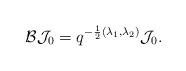
LaTeX: \begin{align*}\mathcal{B}\mathcal{J}_{0}=q^{-\frac{1}{2}(\lambda_{1},\lambda_{2})}\mathcal{J}_{0}.\end{align*}